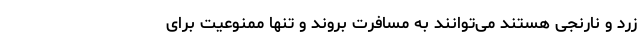
زرد و نارنجی هستند می‌توانند به مسافرت بروند و تنها ممنوعیت برای